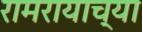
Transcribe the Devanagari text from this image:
रामरायाच्या